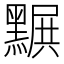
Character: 𪑩